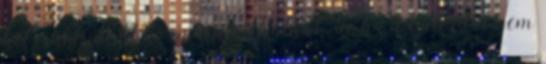
két ciklusán át kormányozhatnak, de ha a baloldal nem